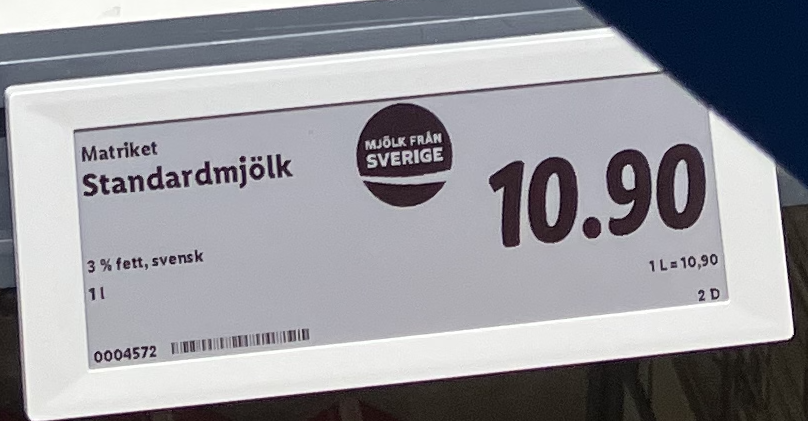
Vara: Standardmjölk
Genomsnittspris: 10.9 per L